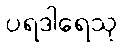
ပရဒါရေသု